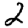
Digit: 2